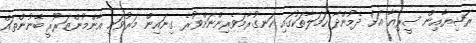
ރަޝިޔާއިން ސީރިއާ އަށް ދެމުންދާ ހަމަލާތަކުގައި ހަނގުރާމަވެރިންނަށްވުރެ ގިނައިން މަރުވަނީ އާންމުންޒަރޫރީ ބޭނުންތައް